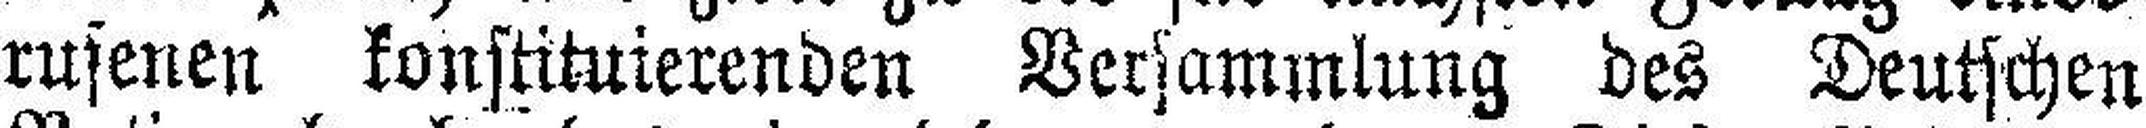
rusenen konstituierenden Versammlung des Deutschen